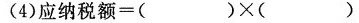
(4)应纳税额=( )×()